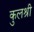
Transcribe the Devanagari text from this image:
कुलश्री